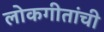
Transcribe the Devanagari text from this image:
लोकगीतांची